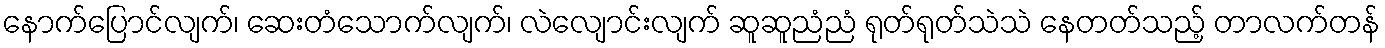
နောက်ပြောင်လျက်၊ ဆေးတံသောက်လျက်၊ လဲလျောင်းလျက် ဆူဆူညံညံ ရုတ်ရုတ်သဲသဲ နေတတ်သည့် တာလက်တန်